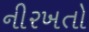
નીરખતો